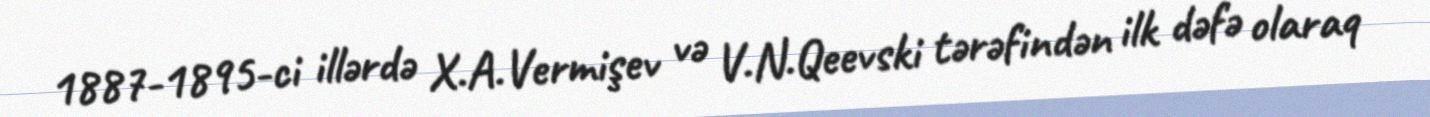
1887-1895-ci illərdə X.A.Vermişev və V.N.Qeevski tərəfindən ilk dəfə olaraq